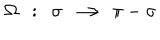
\Omega ~ ~ : ~ ~ \sigma ~ \longrightarrow ~ \pi - \sigma